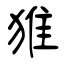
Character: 猚